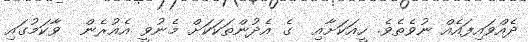
ދެއްވައިފައެއް ނުވެތެވެ. ހީއަކަށާއި  ގެ އެދުންތަކަކަށް މެނުވީ އެއުރެން  ވާކަމުގައި